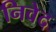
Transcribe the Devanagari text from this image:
निवेद